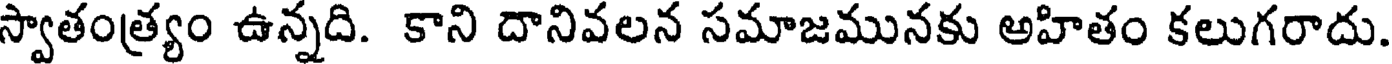
స్వాతంత్ర్యం ఉన్నది. కాని దానివలన సమాజమునకు అహితం కలుగరాదు.